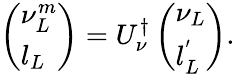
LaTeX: \left(\begin{array}{l}{{\nu_{L}^{m}}}\\ {{l_{L}}}\end{array}\right)=U_{\nu}^{\dagger}\left(\begin{array}{l}{{\nu_{L}}}\\ {{l_{L}^{^{\prime}}}}\end{array}\right).